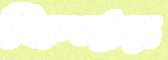
ফিদার